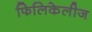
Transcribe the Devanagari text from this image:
फिलिकेलीज